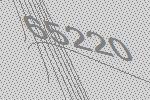
65220